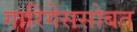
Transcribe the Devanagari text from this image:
गारिगेससोबत